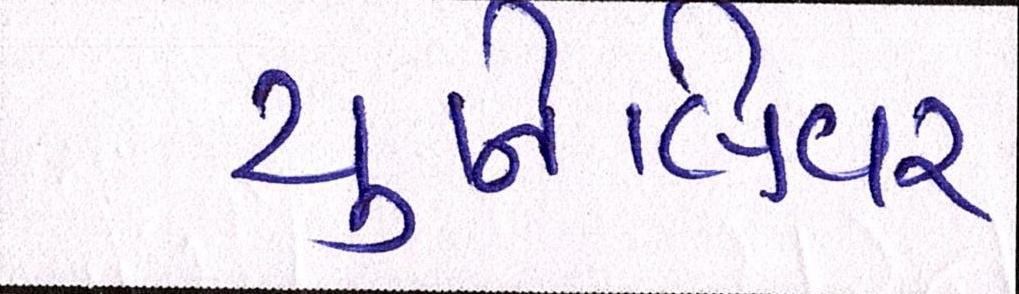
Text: યુનિલિવર